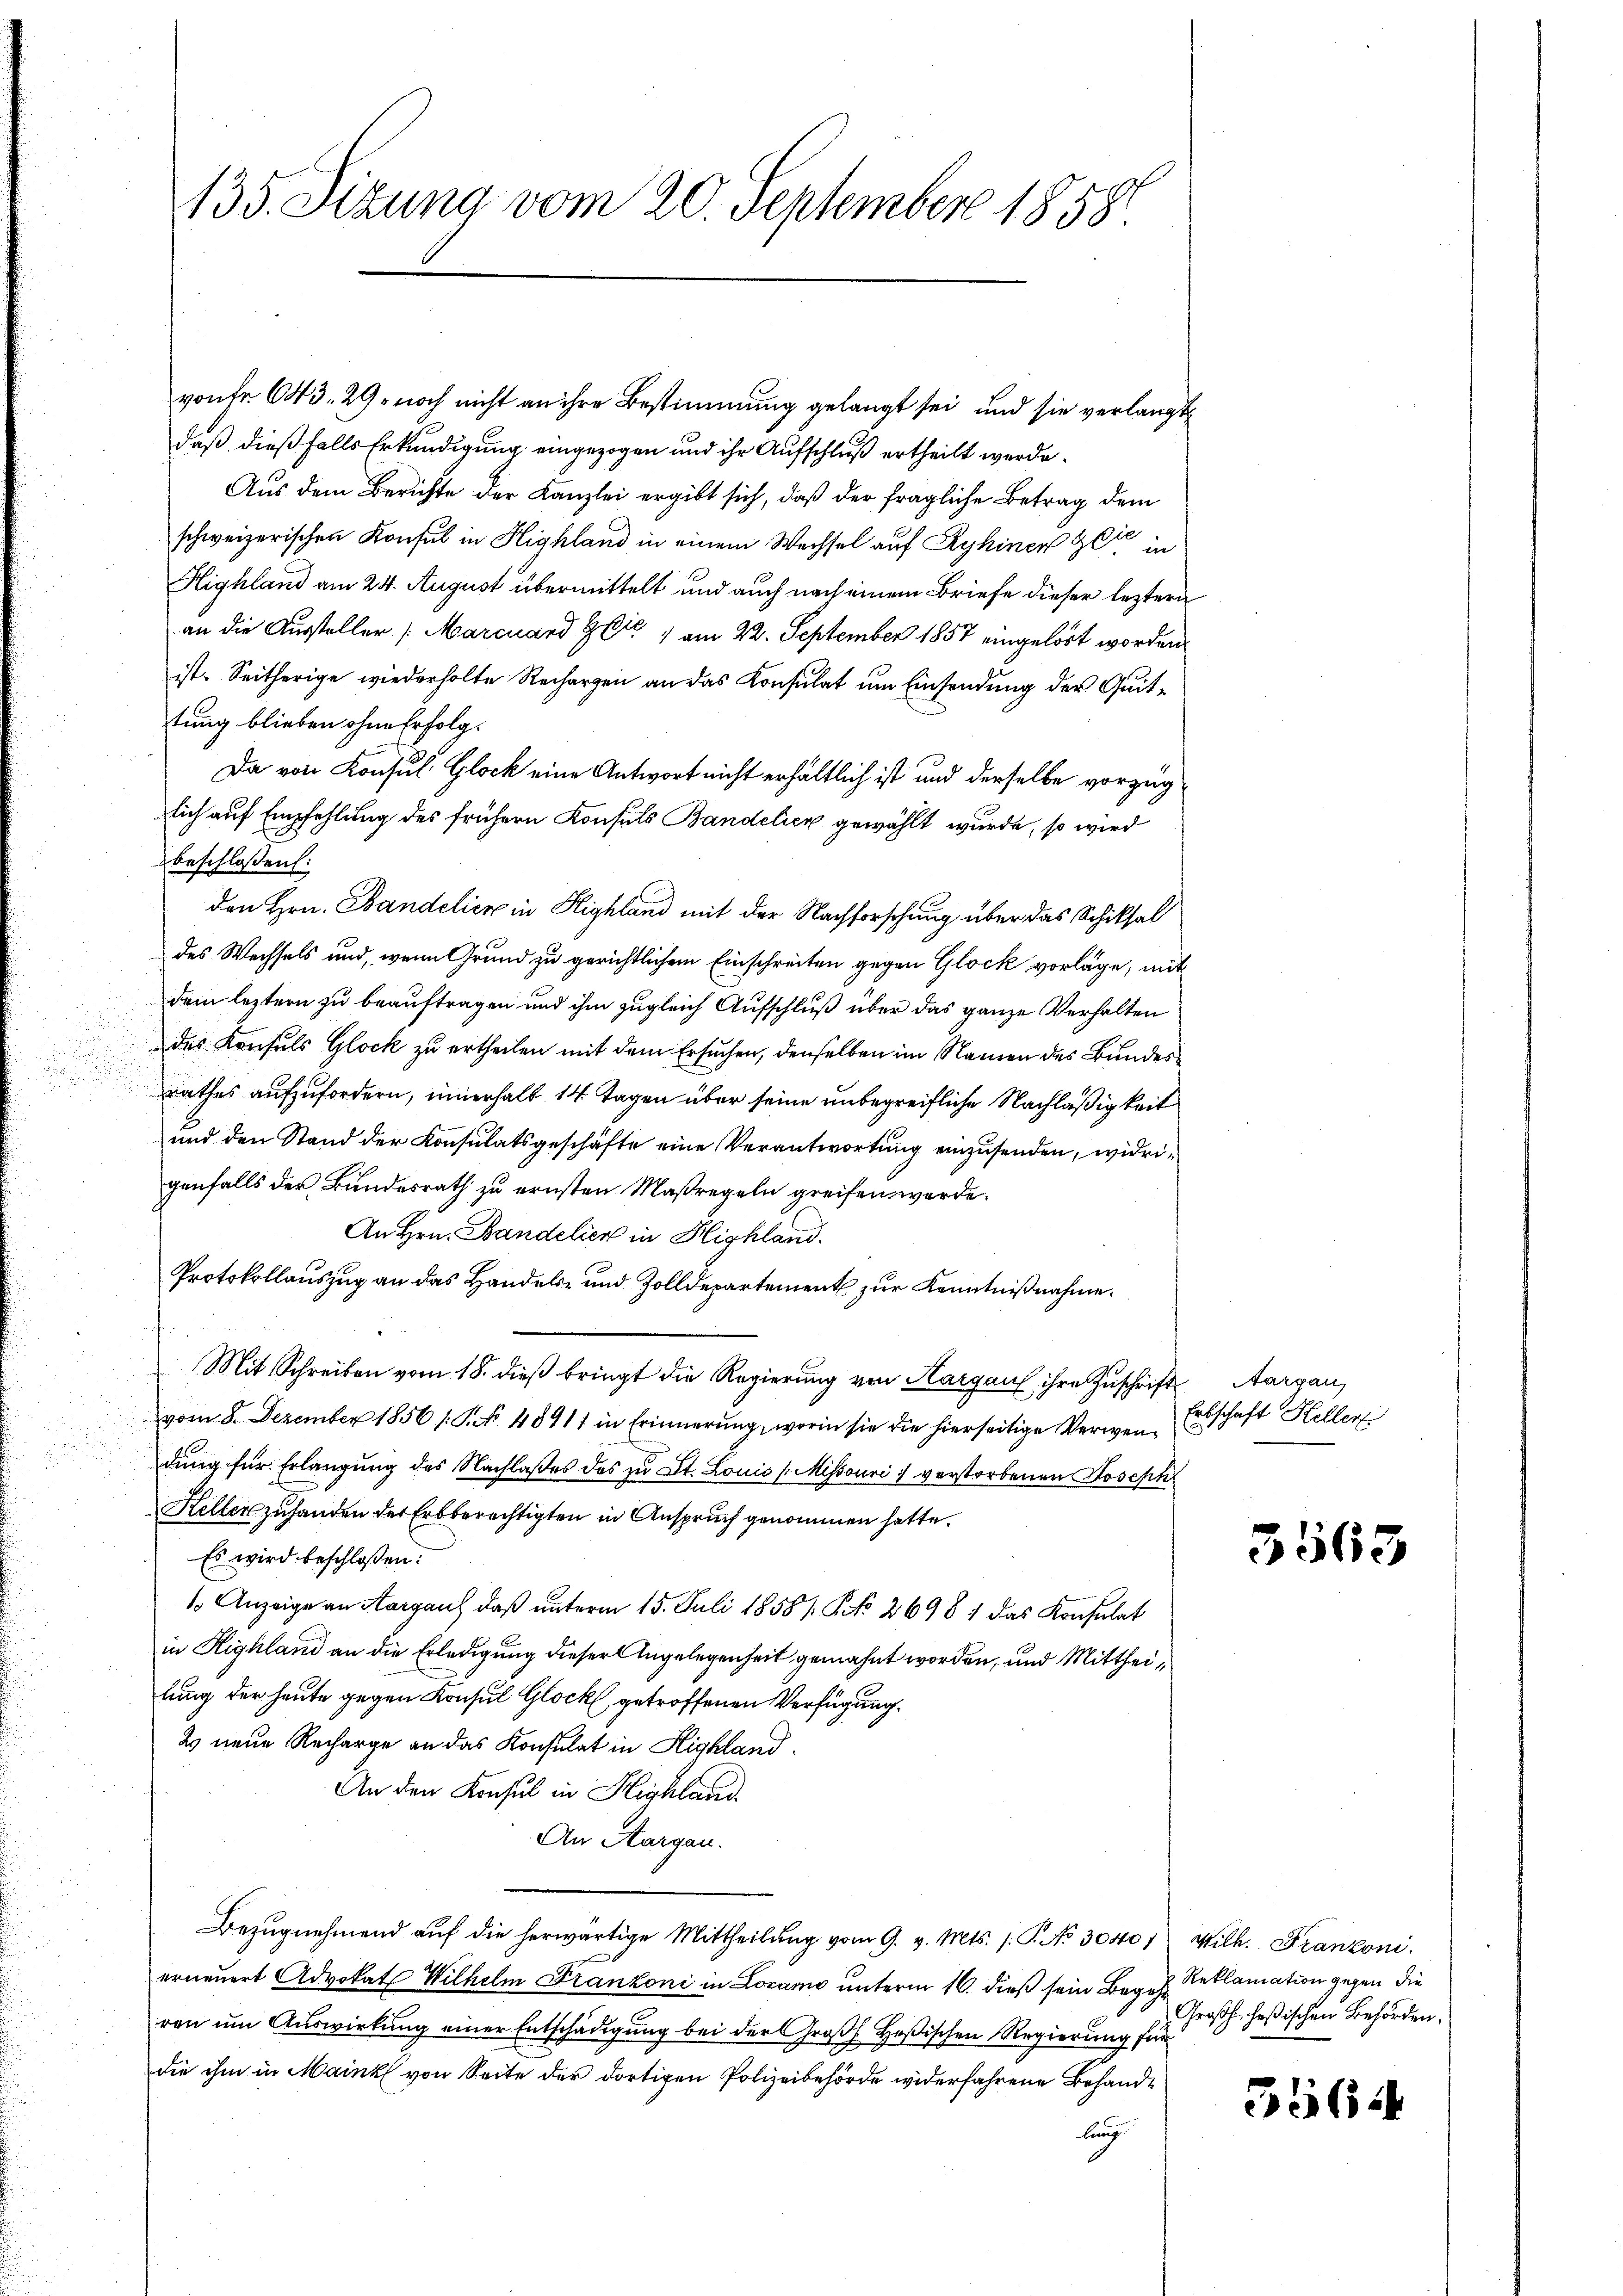
vonFr. 643. 29, noch nicht an ihre Bestimmung gelangt sei, und sie verlangt
daß dießfalls Erkundigung eingezogen und ihr Aufschluß ertheilt werde.
Aus dem Berichte der Kanzlei ergibt sich, daß der fragliche Betrag dem
schweizerischen Konsul in Highland in einem Wechsel auf Ryhinen 90 in
Highland am 24. August übermittelt und auch nach einem Briefe dieser leztern
an die Aussteller /: Marcuard Gott 1 am 22. September 1857 eingelöst worden,
ist. Seitherige wiederholte Rechargen an das Konsulat um Einsendung der Quittung blieben ohne Erfolg.
Da von Konsul Glock eine Antwort nicht erhältlich ist und derselbe vorzug
lich auf Empfehlung des frühern Konsuls Bandelick gewählt wurde, so wird
beschlossen:
den Hrn. Bandelicz in Highland mit der Nachforschung über das Schiksal
des Wechsels und, wenn Grund zu gerichtlichem Einschreiten gegen Glock vorläge, mit
dem leztern zu beauftragen und ihm zugleich Aufschluß über das ganze Verhalten
des Konsuls Glock zu ertheilen mit dem Ersuchen, denselben im Namen des Bundesrathes aufzufordern, innerhalb 14 Tagen über seine unbegreifliche Nachläßigkeit
und den Stand der Konsulatsgeschäfte eine Verantwortung einzusenden, widrigenfalls der Bundesrath zu ernsten Maßregeln greifen werde.
An Hrn. Bandelier in Highland.
Protokollauszug an das Handels- und Zolldepartement zur Kenntnißnahme.
Mit Schreiben vom 18. dieß bringt die Regierung von Aargau ihre Zuschrift Aargau,
vom 8. Dezember 1856 /: P. Nr. 48911 in Erinnerung, worin sie die hierseitige Verwen Erbschaft Heller
dung für Erlangung des Nachlaßes des zu St. Louis (Missouri verstorbenen Joseph
Keller zuhanden der Erbberechtigten in Anspruch genommen hatte.
Es wird beschlossen:
1 Anzeige an Aargaus, daß unterm 15. Juli 1858/ NNo. 2698 : das Konsulat
in Highland an die Erledigung dieser Angelegenheit gemahnt worden, und Mittheilung der heute gegen Konsul Glock, getroffenen Verfügung.
2 neue Recharge an das Konsulat in Highland
An den Konsul in Highland
An Aargau.
Bezŭgnehmend aŭf die herwärtige Mittheilŭng vom 9. v. Mts. /: P. No 30401 Wilh. Franzoni.
erneuert Advokat Wilhelm Franzoni in Locarno unterm 16. dieß sein Begehr Reklamation gegen die
ren um Auswirkung einer Entschädigung bei der Großh. Heßischen Regierung für
die ihm in Maink von Seite der dortigen Polizeibehörde widerfahrene Behandlung

135. Sizung vom 20. September 1858.

3563

Großh. heßischen Behörden.

3364